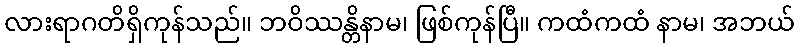
လားရာဂတိရှိကုန်သည်။ ဘဝိဿန္တိနာမ၊ ဖြစ်ကုန်ပြီ။ ကထံကထံ နာမ၊ အဘယ်